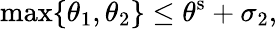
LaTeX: \operatorname*{max}\{ \theta_{1},\theta_{2}\} \leq\theta^{\mathrm{s}}+\sigma_{2},